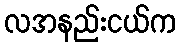
လအနည်းငယ်က